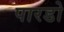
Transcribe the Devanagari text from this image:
पारडो